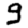
Digit: 9